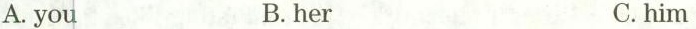
A.you B.her C.him